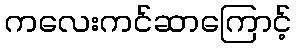
ကလေးကင်ဆာကြောင့်